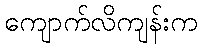
ကျောက်လိကျန်းက